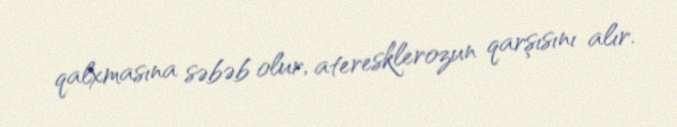
qalxmasına səbəb olur, ateresklerozun qarşısını alır.